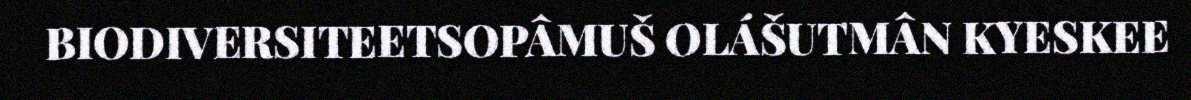
BIODIVERSITEETSOPÂMUŠ OLÁŠUTMÂN KYESKEE